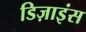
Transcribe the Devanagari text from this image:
डिज़ाइंस